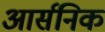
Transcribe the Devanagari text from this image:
आर्सनिक